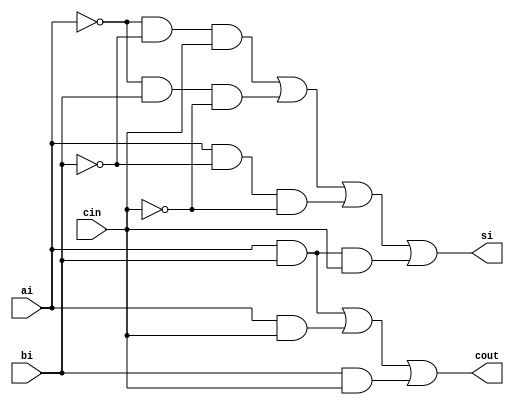
/* 1 Bit Full adder module */

module fulladder (cout, si, ai, bi, cin);

        parameter delay2=1, delay3=2, delay4=3;
                                        /* variables defined as parameter */

        input ai, bi, cin;                      /* declaring inputs */
        output cout, si;                        /* declaring outputs */

        and #delay3 (si1, ~ai, ~bi, cin),       /* si1=~ai.~bi.cin */
                    (si2, ~ai, bi, ~cin),       /* si2=~ai.bi.~cin */
                    (si3, ai, ~bi, ~cin),       /* si3=ai.~bi.~cin */
                    (si4, ai, bi, cin);         /* si4=ai.bi.cin */
        or #delay3 (si, si1, si2, si3, si4);    /* si=si1+si2+si3+si4 */

        and #delay2 (ci1, ai, bi),              /* ci1=ai.bi */
                    (ci2, ai, cin),             /* ci2=ai.cin */
                    (ci3, bi, cin);             /* ci3=bi.cin */
        or #delay3 (cout, ci1, ci2, ci3);       /* cout=ci1+ci2+ci3 */

endmodule